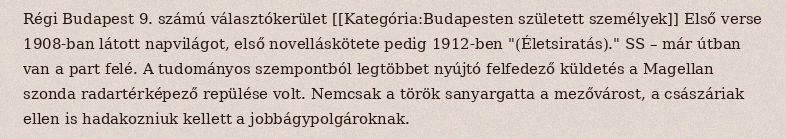
Régi Budapest 9. számú választókerület [[Kategória:Budapesten született személyek]] Első verse 1908-ban látott napvilágot, első novelláskötete pedig 1912-ben "(Életsiratás)." SS – már útban van a part felé. A tudományos szempontból legtöbbet nyújtó felfedező küldetés a Magellan szonda radartérképező repülése volt. Nemcsak a török sanyargatta a mezővárost, a császáriak ellen is hadakozniuk kellett a jobbágypolgároknak.